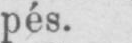
pés.